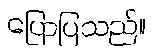
ပြောပြသည်။